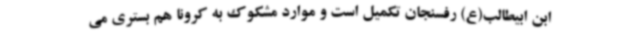
ابن ابیطالب(ع) رفسنجان تکمیل است و موارد مشکوک به کرونا هم بستری می